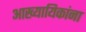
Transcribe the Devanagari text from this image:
आख्यायिकांना